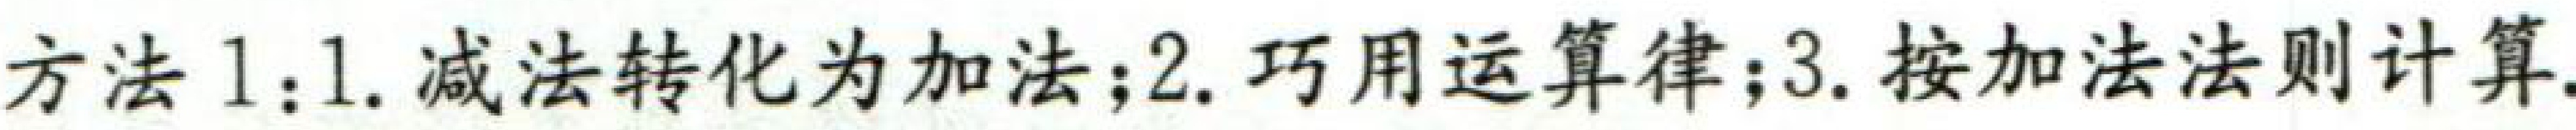
方法1：1.减法转化为加法；2.巧用运算律；3.按加法法则计算.